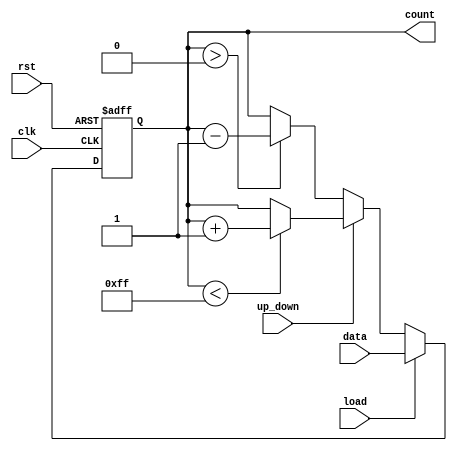
module LoadableCounter (
    input wire clk,              // Clock signal
    input wire rst,              // Asynchronous reset signal
    input wire load,             // Load control signal
    input wire [7:0] data,       // Load value input (8-bit load value)
    input wire up_down,          // Count direction control signal (1 for up, 0 for down)
    output reg [7:0] count       // Current counter value (8-bit output)
);

    // Define maximum value for the counter (for 8-bit counter, it is 255)
    localparam MAX_COUNT = 8'hFF;
    localparam MIN_COUNT = 8'h00;

    // Asynchronous reset and load logic
    always @(posedge clk or posedge rst) begin
        if (rst) begin
            count <= MIN_COUNT;    // Reset counter to 0
        end else if (load) begin
            count <= data;         // Load new value into counter
        end else begin
            // Counting operation
            if (up_down) begin
                if (count < MAX_COUNT) begin
                    count <= count + 1;  // Increment counter
                end
                // Optional: if wrap-around is desired, uncomment the line below
                // else begin count <= MIN_COUNT; end
            end else begin
                if (count > MIN_COUNT) begin
                    count <= count - 1;  // Decrement counter
                end
                // Optional: if wrap-around is desired, uncomment the line below
                // else begin count <= MAX_COUNT; end
            end
        end
    end

endmodule